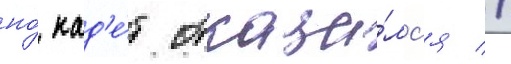
но́ кад'е́т отказа́лс'я //